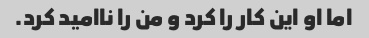
اما او این کار را کرد و من را ناامید کرد.